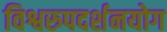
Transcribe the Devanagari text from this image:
विश्वरुपदर्शनयोग